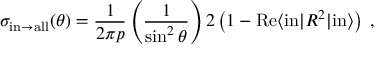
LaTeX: \sigma _ { \mathrm { i n } \to \mathrm { a l l } } ( \theta ) = { \frac { 1 } { 2 \pi p } } \left( { \frac { 1 } { \sin ^ { 2 } { \theta } } } \right) 2 \left( 1 - \mathrm { R e } \langle \mathrm { i n } | { \cal R } ^ { 2 } | \mathrm { i n } \rangle \right) \; ,